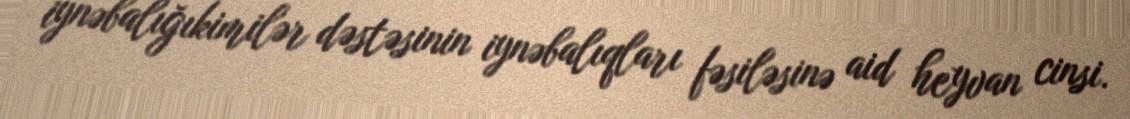
i̇ynəbalığıkimilər dəstəsinin i̇ynəbalıqları fəsiləsinə aid heyvan cinsi.